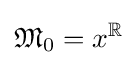
{\mathfrak {M}}_{0}=x^{\mathbb {R} }